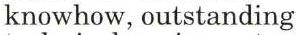
knowhow, outstanding